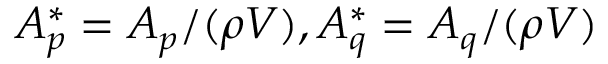
A _ { p } ^ { * } = A _ { p } / ( \rho V ) , A _ { q } ^ { * } = A _ { q } / ( \rho V )